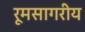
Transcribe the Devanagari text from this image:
रूमसागरीय